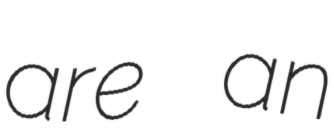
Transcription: are an